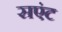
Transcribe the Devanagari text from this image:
सएंट